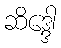
ဆိဒ္ဒေါ